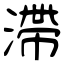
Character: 滯